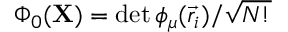
\Phi _ { 0 } ( \mathbf { X } ) = \operatorname* { d e t } { \phi _ { \mu } ( \vec { r } _ { i } ) } / { \sqrt { N ! } }